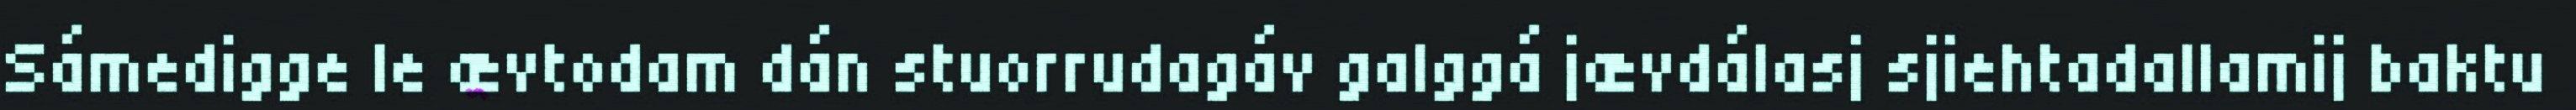
Sámedigge le ævtodam dán stuorrudagáv galggá jævdálasj sjiehtadallamij baktu